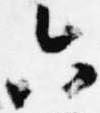
六